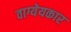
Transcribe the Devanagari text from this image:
वाग्येयकार